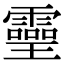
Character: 𤫊